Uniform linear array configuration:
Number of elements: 24
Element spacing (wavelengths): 1
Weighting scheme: cosine
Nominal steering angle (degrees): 45
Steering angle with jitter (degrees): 46.462
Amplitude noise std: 0.05
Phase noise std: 0.05

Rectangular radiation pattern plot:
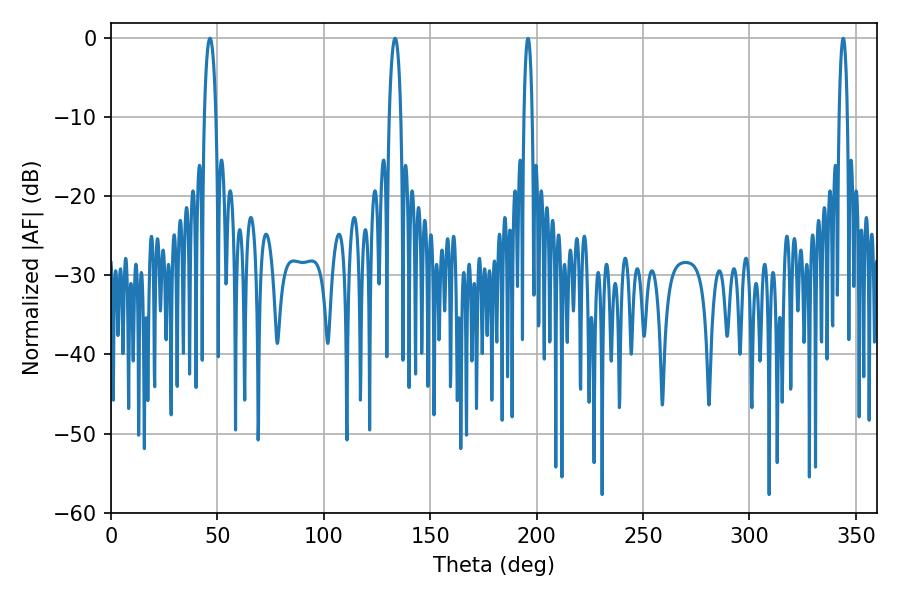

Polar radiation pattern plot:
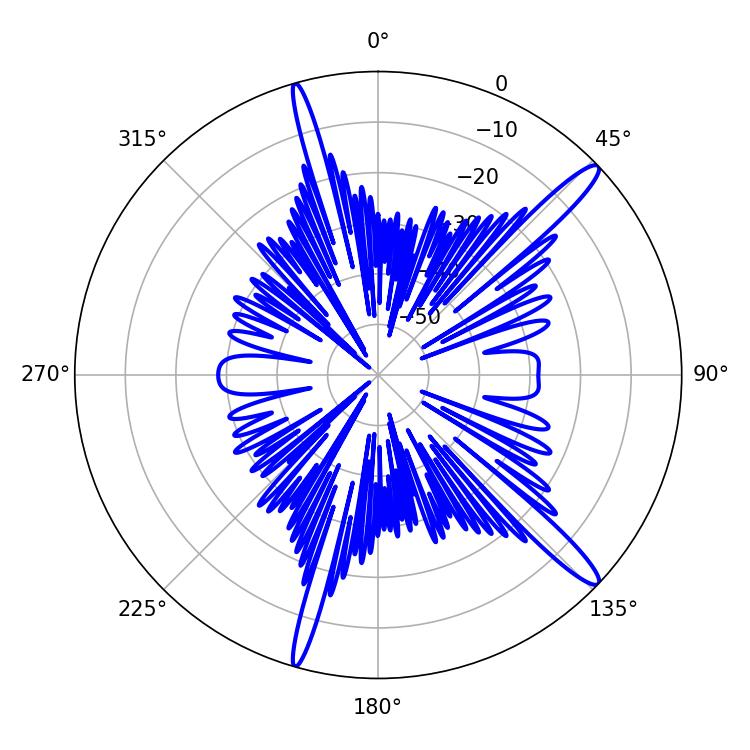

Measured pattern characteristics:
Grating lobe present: TRUE
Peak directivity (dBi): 14.921
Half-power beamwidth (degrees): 3.06
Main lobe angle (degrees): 46.44